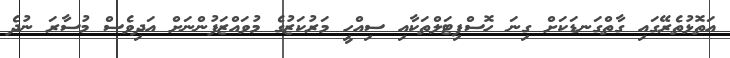
އަތޮޅުތެރޭގައި ގާތްގަނޑަކަށް ގިނަ ހޮސްޕިޓަލްތަކާއި ސިއްހީ މަރުކަޒުގެ މުވައްޒަފުންނަށް އަދިވެސް މުސާރަ ނުދެ